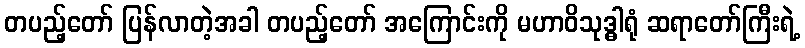
တပည့်တော် ပြန်လာတဲ့အခါ တပည့်တော် အကြောင်းကို မဟာဝိသုဒ္ဓါရုံ ဆရာတော်ကြီးရဲ့